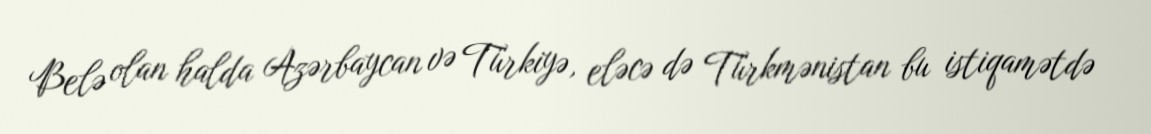
Belə olan halda Azərbaycan və Türkiyə, eləcə də Türkmənistan bu istiqamətdə